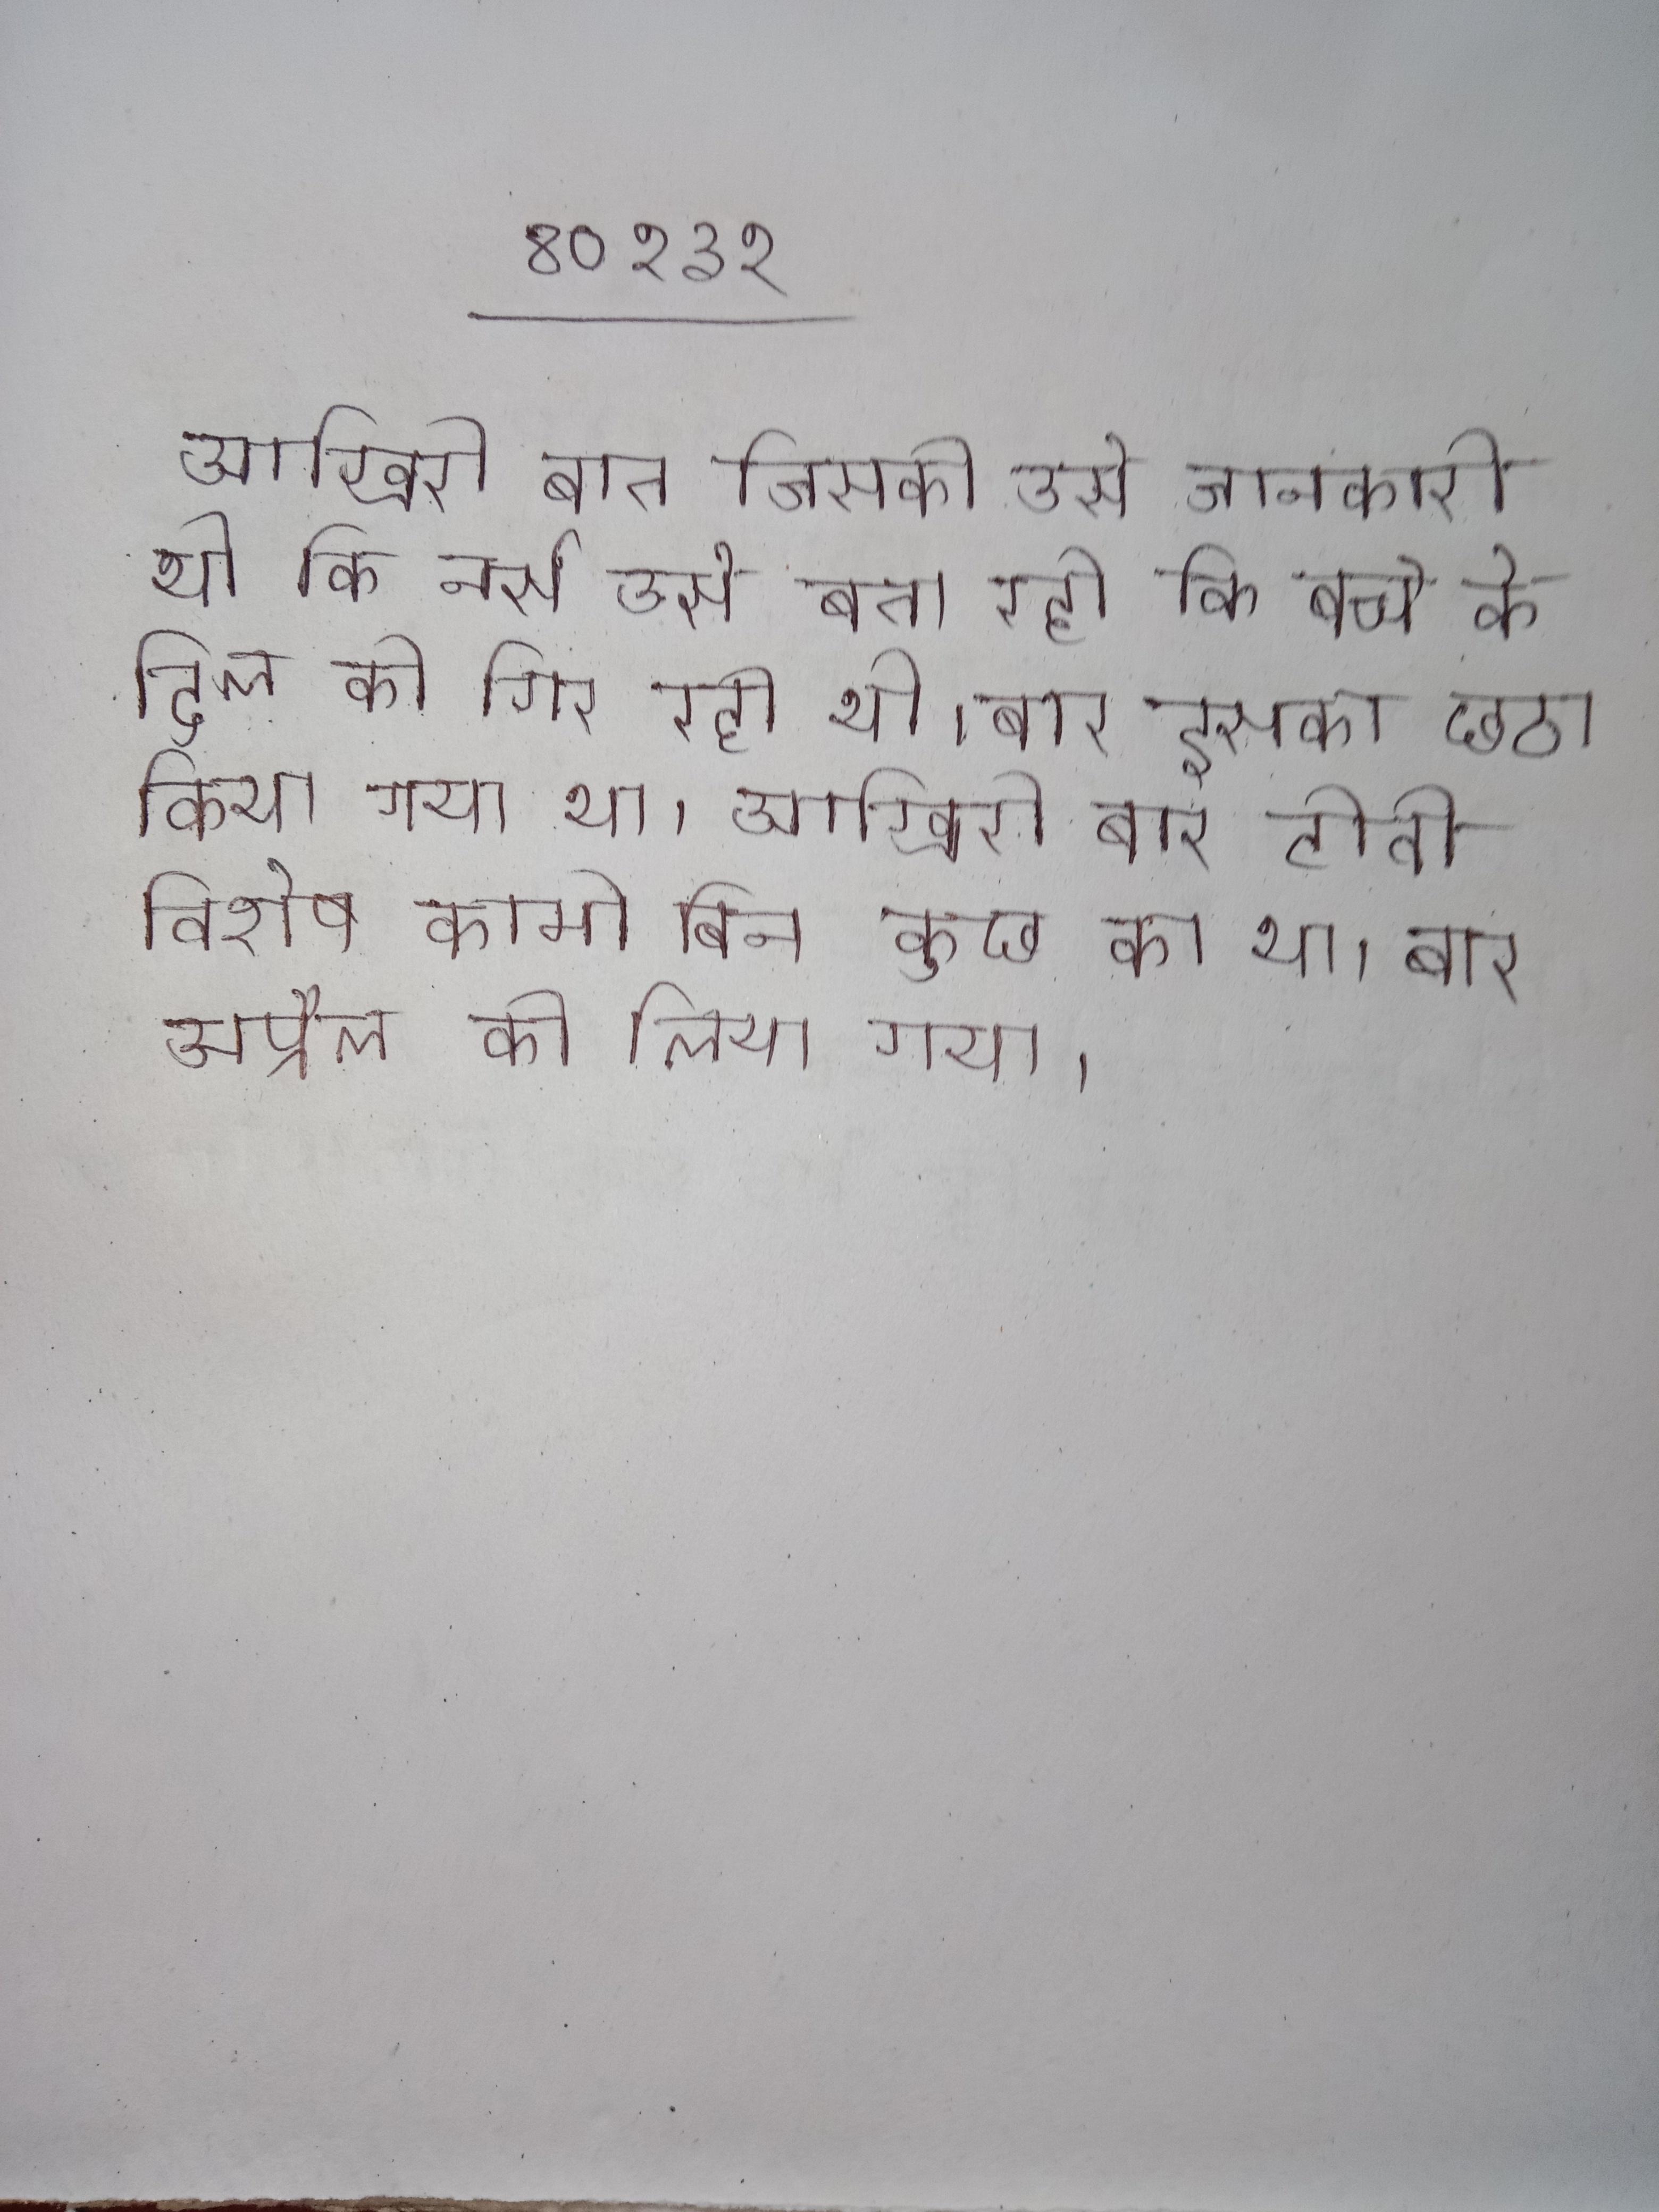
आखिरी बात जिसकी उसे जानकारी थी कि नर्स उसे बता रही कि बच्चे के दिल की गिर रही थी । बार इसका छठा किया गया था । आखिरी बार टीवी विशेष कामो बिन कुछ का था । बार अप्रैल को लिया गया ।